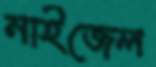
নাইজেল